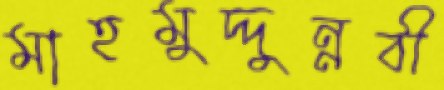
মাহমুদ্দুন্নবী